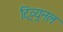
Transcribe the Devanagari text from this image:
ट्रिव्यूनल